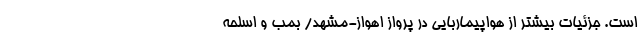
است. جزئیات بیشتر از هواپیماربایی در پرواز اهواز-مشهد/ بمب و اسلحه